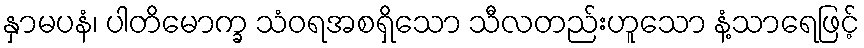
နှာမပနံ၊ ပါတိမောက္ခ သံဝရအစရှိသော သီလတည်းဟူသော နံ့သာရေဖြင့်